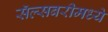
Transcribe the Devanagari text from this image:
सॅल्सबरीमध्ये